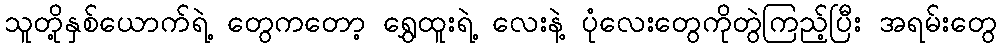
သူတို့နှစ်ယောက်ရဲ့ တွေကတော့ ရွှေထူးရဲ့ လေးနဲ့ ပုံလေးတွေကိုတွဲကြည့်ပြီး အရမ်းတွေ